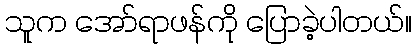
သူက အော်ရာဖန်ကို ပြောခဲ့ပါတယ်။